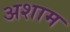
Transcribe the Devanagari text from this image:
अशाम